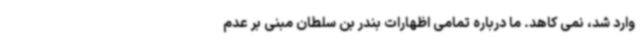
وارد شد، نمی کاهد. ما درباره تمامی اظهارات بندر بن سلطان مبنی بر عدم